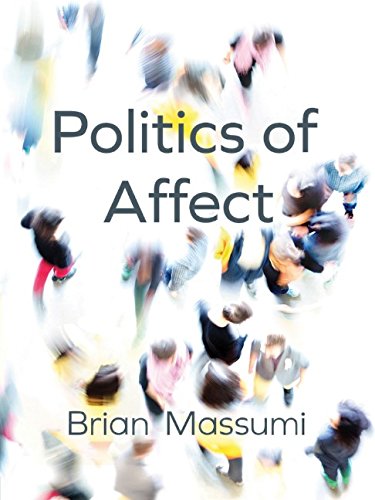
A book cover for Politics of Affect; Brian Massumi; Politics & Social Sciences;